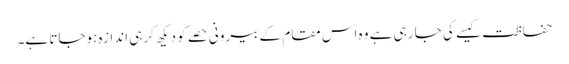
حفاظت کیسے کی جا رہی ہے وہ اس مقام کے بیرونی حصے کو دیکھ کر ہی اندازہ ہوجاتا ہے۔